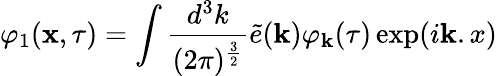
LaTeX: \varphi_{1}({\mathbf x},\tau)=\int\frac{d^{3}k}{(2\pi)^{\frac{3}{2}}}\tilde{e}({\mathbf k})\varphi_{\mathbf k}(\tau)\exp(i{\mathbf k.x})